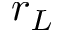
r _ { L }